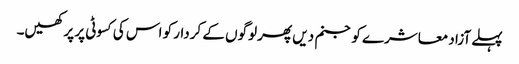
پہلے آزاد معاشرے کو جنم دیں پھر لوگوں کے کردار کو اس کی کسوٹی پر پرکھیں۔